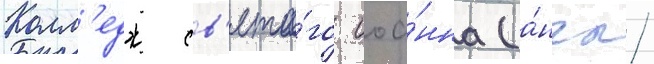
Колл'едж св'ято́го иоа́нна (а́нгл.